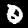
Digit: 0